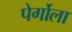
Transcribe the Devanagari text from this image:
पेर्गोला